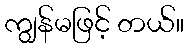
ကျွန်မဖြင့် တယ်။